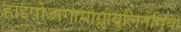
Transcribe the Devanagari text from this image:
हाइपोअगामाग्लोबुलिनेमिया